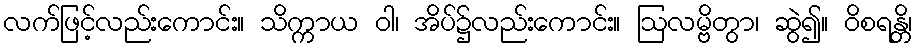
လက်ဖြင့်လည်းကောင်း။ သိက္ကာယ ဝါ၊ အိပ်၌လည်းကောင်း။ ဩလမ္ဗိတွာ၊ ဆွဲ၍။ ဝိစရန္တိ၊